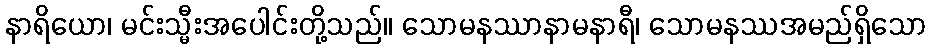
နာရိယော၊ မင်းသ္မီးအပေါင်းတို့သည်။ သောမနဿာနာမနာရီ၊ သောမနဿအမည်ရှိသော